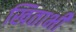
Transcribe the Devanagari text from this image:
खिताभी